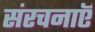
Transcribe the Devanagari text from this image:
संरचनाऍ